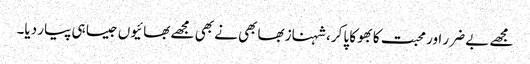
مجھے بے ضرر اور محبت کا بھوکا پا کر، شہناز بھابھی نے بھی مجھے بھائیوں جیسا ہی پیار دیا۔